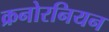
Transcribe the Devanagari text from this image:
क्रनोरनियन